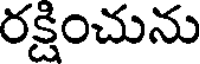
రక్షించును